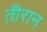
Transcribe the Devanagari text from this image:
तीरान